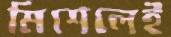
মিশেলেই